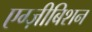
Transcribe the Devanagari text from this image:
एग्ज़ीबिशन